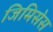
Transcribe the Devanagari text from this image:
जिमिसेस